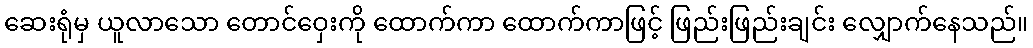
ဆေးရုံမှ ယူလာသော တောင်ဝှေးကို ထောက်ကာ ထောက်ကာဖြင့် ဖြည်းဖြည်းချင်း လျှောက်နေသည်။